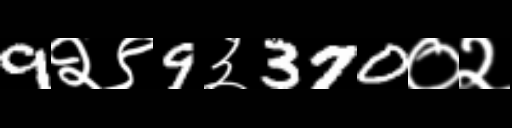
Text: 9२९9३370०२